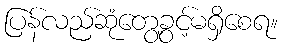
ပြန်လည်ဆုံတွေ့ခွင့်မရှိစေရ။